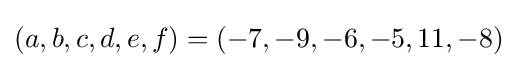
(a,b,c,d,e,f)=(-7,-9,-6,-5,11,-8)